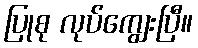
ပြုစု လုပ်ကျွေးပြီ။